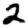
Digit: 2